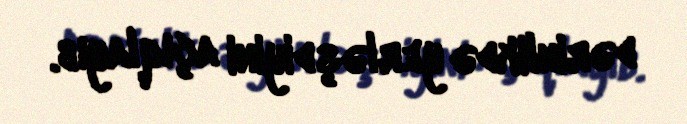
dərinlikdə yerləşdiyini açıqlayıb.